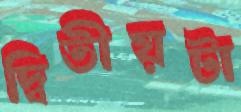
দ্বিতীয়টা